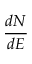
\frac { d N } { d E }